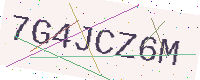
Text: 7G4JCZ6M